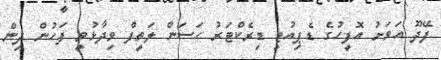
ފޭދޫ އަވަށު އޮފީހުގެ ޑެޕިއުޓީ ޑިރެކްޓަރު ހަސަން ލަތީފް ވިދާޅުވީ ފަހުން ދިން